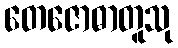
တေဇောဓာတူသု